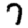
Digit: 7